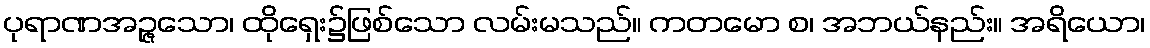
ပုရာဏအဉ္ဇသော၊ ထိုရှေး၌ဖြစ်သော လမ်းမသည်။ ကတမော စ၊ အဘယ်နည်း။ အရိယော၊